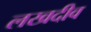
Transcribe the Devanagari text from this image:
लखदीव